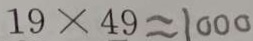
1 9 \times 4 9 \approx 1 0 0 0